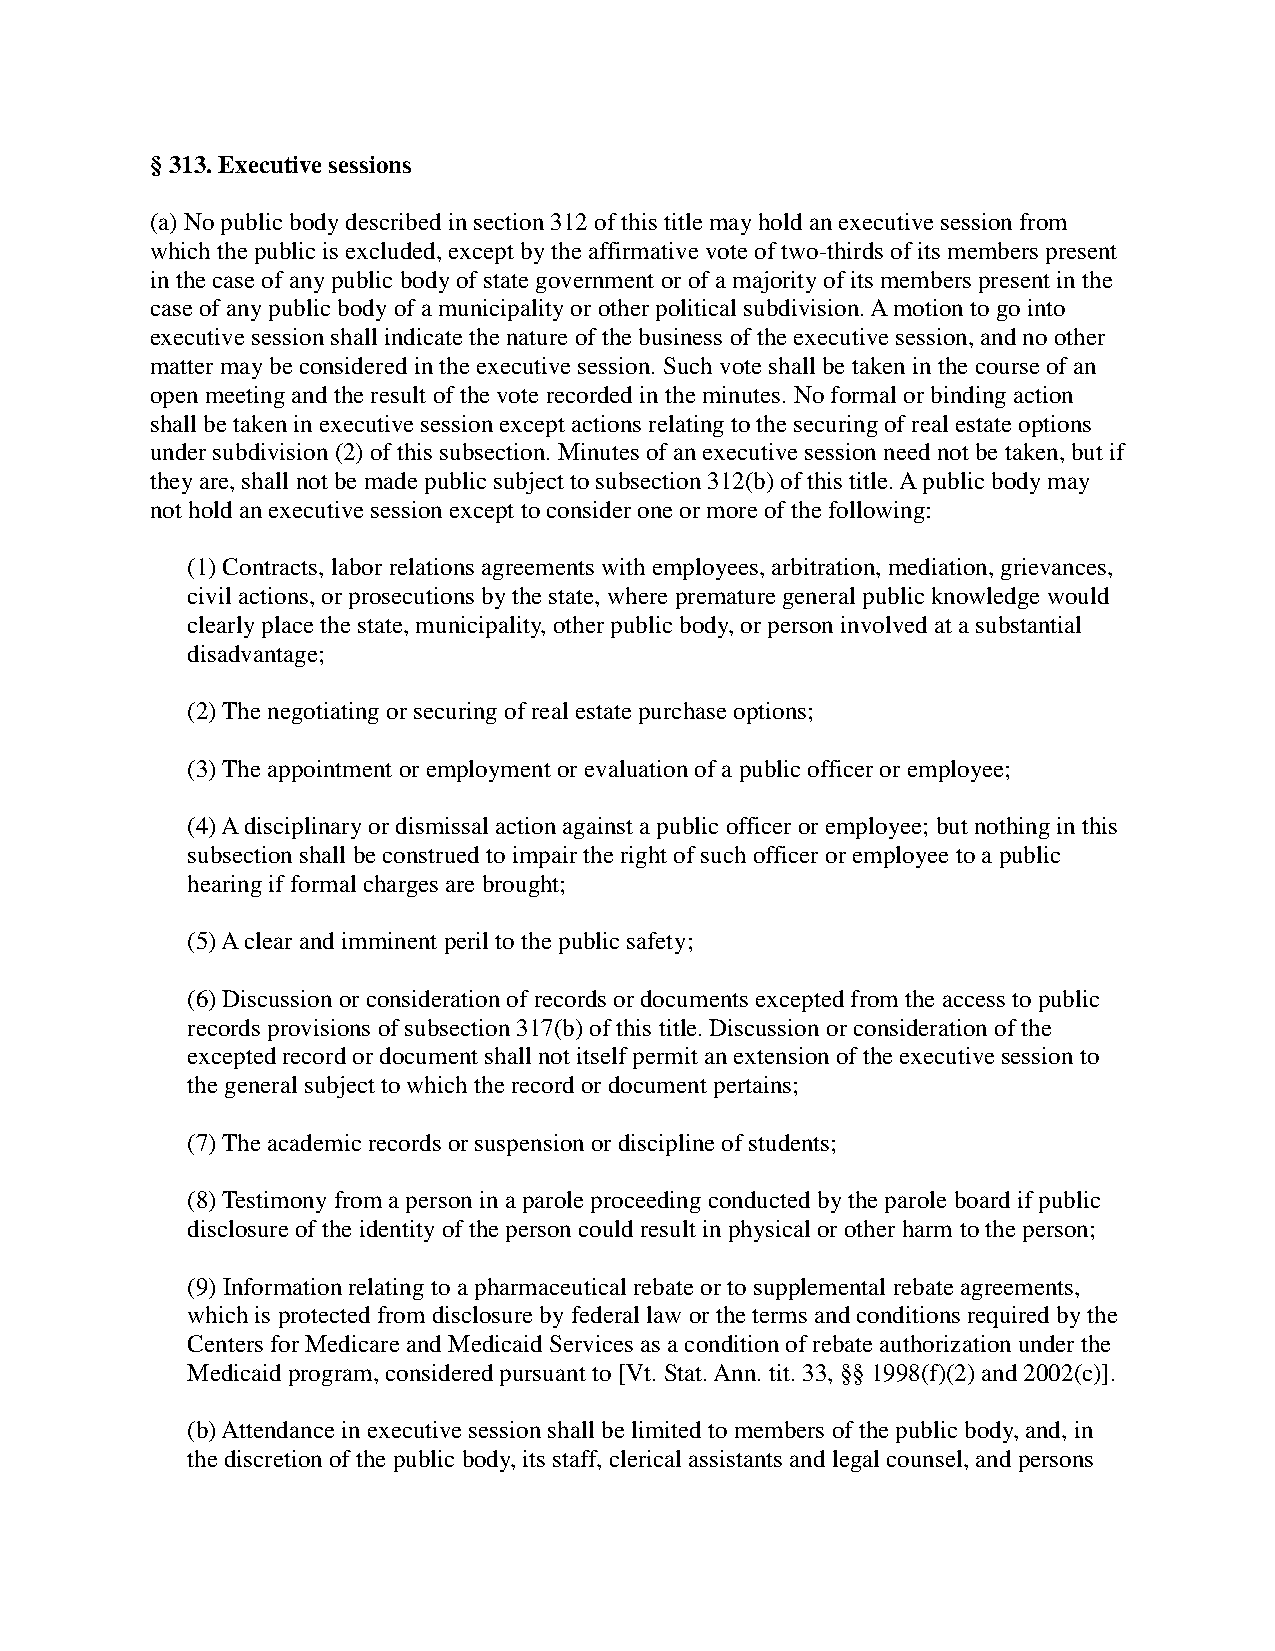
§ 313. Executive sessions
 (a) No public body described in section 312 of this title may hold an executive session from
 which the public is excluded, except by the affirmative vote of two-thirds of its members present
 in the case of any public body of state government or of a majority of its members present in the
 case of any public body of a municipality or other political subdivision. A motion to go into
 executive session shall indicate the nature of the business of the executive session, and no other
 matter may be considered in the executive session. Such vote shall be taken in the course of an
 open meeting and the result of the vote recorded in the minutes. No formal or binding action
 shall be taken in executive session except actions relating to the securing of real estate options
 under subdivision (2) of this subsection. Minutes of an executive session need not be taken, but if
 they are, shall not be made public subject to subsection 312(b) of this title. A public body may
 not hold an executive session except to consider one or more of the following:
 (1) Contracts, labor relations agreements with employees, arbitration, mediation, grievances,
 civil actions, or prosecutions by the state, where premature general public knowledge would
 clearly place the state, municipality, other public body, or person involved at a substantial
 disadvantage;
 (2) The negotiating or securing of real estate purchase options;
 (3) The appointment or employment or evaluation of a public officer or employee;
 (4) A disciplinary or dismissal action against a public officer or employee; but nothing in this
 subsection shall be construed to impair the right of such officer or employee to a public
 hearing if formal charges are brought;
 (5) A clear and imminent peril to the public safety;
 (6) Discussion or consideration of records or documents excepted from the access to public
 records provisions of subsection 317(b) of this title. Discussion or consideration of the
 excepted record or document shall not itself permit an extension of the executive session to
 the general subject to which the record or document pertains;
 (7) The academic records or suspension or discipline of students;
 (8) Testimony from a person in a parole proceeding conducted by the parole board if public
 disclosure of the identity of the person could result in physical or other harm to the person;
 (9) Information relating to a pharmaceutical rebate or to supplemental rebate agreements,
 which is protected from disclosure by federal law or the terms and conditions required by the
 Centers for Medicare and Medicaid Services as a condition of rebate authorization under the
 Medicaid program, considered pursuant to [Vt. Stat. Ann. tit. 33, §§ 1998(f)(2) and 2002(c)].
 (b) Attendance in executive session shall be limited to members of the public body, and, in
 the discretion of the public body, its staff, clerical assistants and legal counsel, and persons